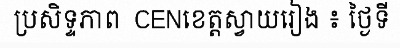
ប្រសិទ្ទភាព  CENខេត្តស្វាយរៀង ៖ ថ្ងៃទី